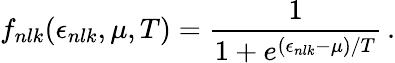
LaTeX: f_{nlk}(\epsilon_{nlk},\mu,T)=\frac{1}{1+e^{(\epsilon_{nlk}-\mu)/T}}\, .